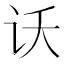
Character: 𫍚